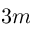
3 m